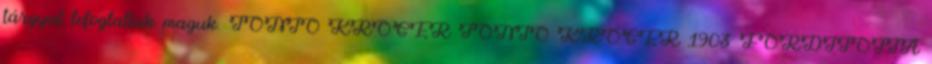
tárgyat lefoglaltak maguk. TONIO KRÖGER TONIO KRÖGER 1903 FORDÍTOTTA